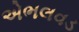
એભલવડ